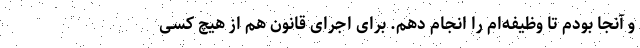
و آنجا بودم تا وظیفه‌ام را انجام دهم. برای اجرای قانون هم از هیچ کسی